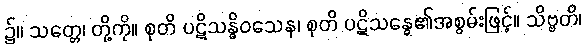
၌။ သတ္တေ၊ တို့ကို။ စုတိ ပဋိသန္ဓိဝသေန၊ စုတိ ပဋိသန္ဓေ၏အစွမ်းဖြင့်။ သိဗ္ဗတိ၊